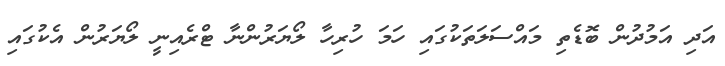
އަދި އަމުދުން ބޮޑެތި މައްސަލަތަކުގައި ހަމަ ހުރިހާ ލޯޔަރުންނާ ޓްރެއިނީ ލޯޔަރުން އެކުގައި